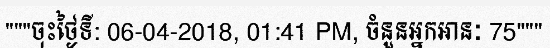
"""ចុះថ្ងៃទី: 06-04-2018, 01:41 PM, ចំនួនអ្នកអានៈ 75"""